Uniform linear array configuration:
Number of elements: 4
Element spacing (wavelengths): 1
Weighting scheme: binomial
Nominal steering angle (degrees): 15
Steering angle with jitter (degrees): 16.438
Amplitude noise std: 0.05
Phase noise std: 0.05

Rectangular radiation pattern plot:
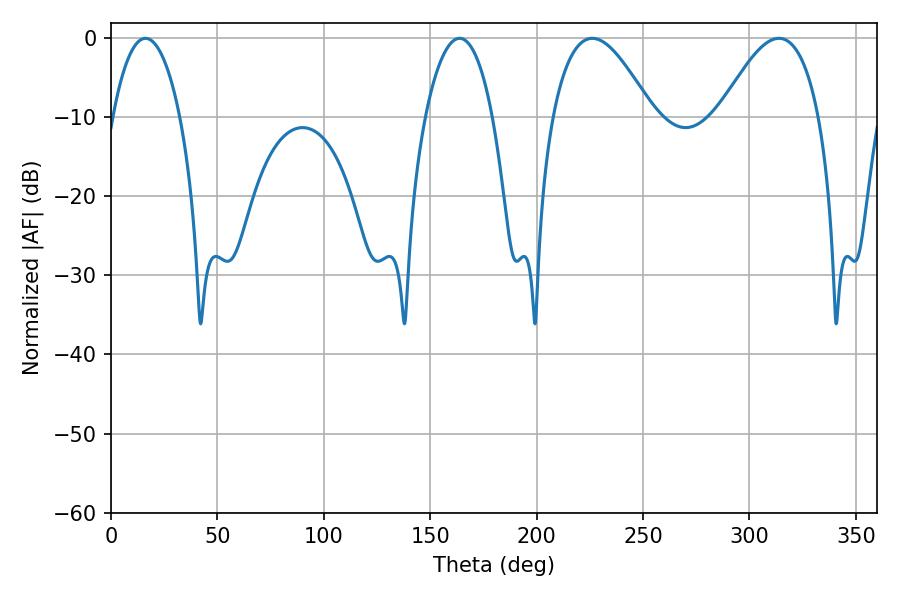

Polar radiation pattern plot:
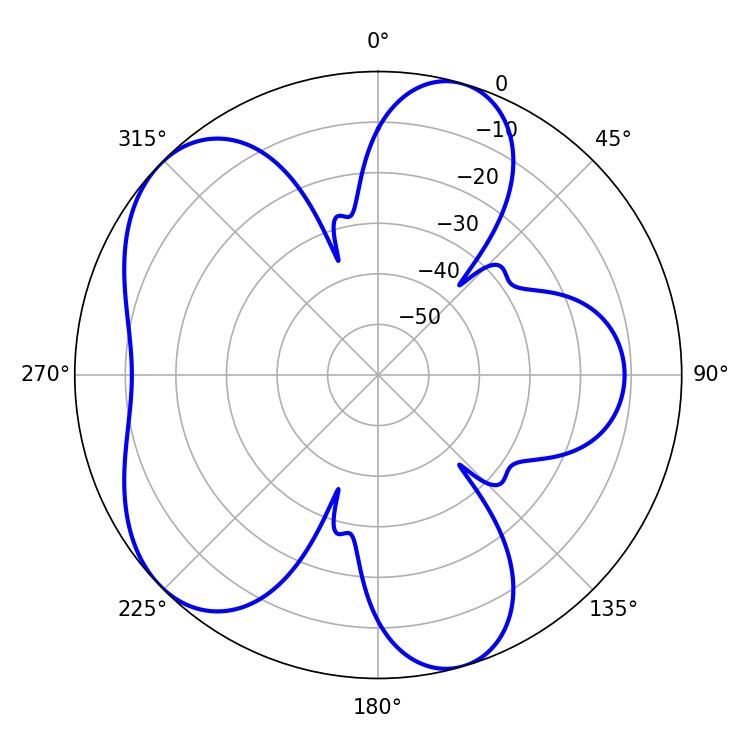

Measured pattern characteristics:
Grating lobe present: TRUE
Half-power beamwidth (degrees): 17.64
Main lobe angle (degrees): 16.2